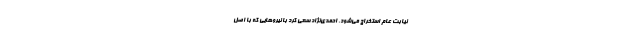
نیابت عام استخراج می‌شود. احمدی‌نژاد سعی کرد با نیروهایی که با اصل